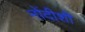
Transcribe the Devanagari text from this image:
नोंदीशी